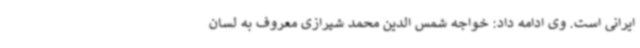
ایرانی است. وی ادامه داد: خواجه شمس الدین محمد شیرازی معروف به لسان